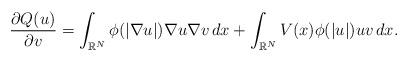
LaTeX: \begin{align*} \frac{\partial Q(u)}{\partial v}=\int_{\mathbb{R}^N}\phi(|\nabla u|)\nabla u \nabla v\,dx+\int_{\mathbb{R}^N}V(x)\phi(| u|)uv\,dx.\end{align*}